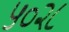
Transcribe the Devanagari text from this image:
५०२८